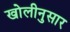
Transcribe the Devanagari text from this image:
खोलीनुसार